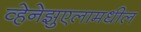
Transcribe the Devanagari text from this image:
व्हेनेझुएलामधील